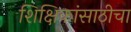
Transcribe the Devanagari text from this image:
शिक्षिकांसाठीचा